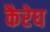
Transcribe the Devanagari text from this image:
कैरेघ